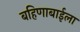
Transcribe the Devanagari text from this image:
बहिणाबाईला